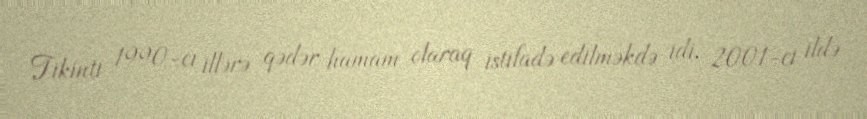
Tikinti 1990-cı illərə qədər hamam olaraq istifadə edilməkdə idi. 2001-ci ildə